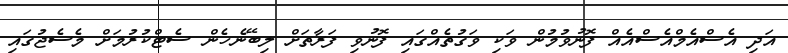
އަދި އެސްއެމްއެސްއެއް ފޮނުވުމުން ވަކި ވަގުތެއްގައި ފޮނުވި ފަރާތަށް ލިބޭނެހެން ސެޓްކުރުމަށް މެސެޖުގައި